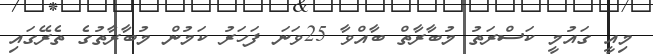
މިއީ ގައުމީ ކަސްރަތު މުބާރާތް ބާއްވާ 25ވަނަ ފަހަރު ކަމުން މުބާރާތުގެ ތެރޭގައި